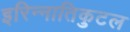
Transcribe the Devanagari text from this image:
इरिन्नातिकुटल